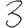
Digit: 3